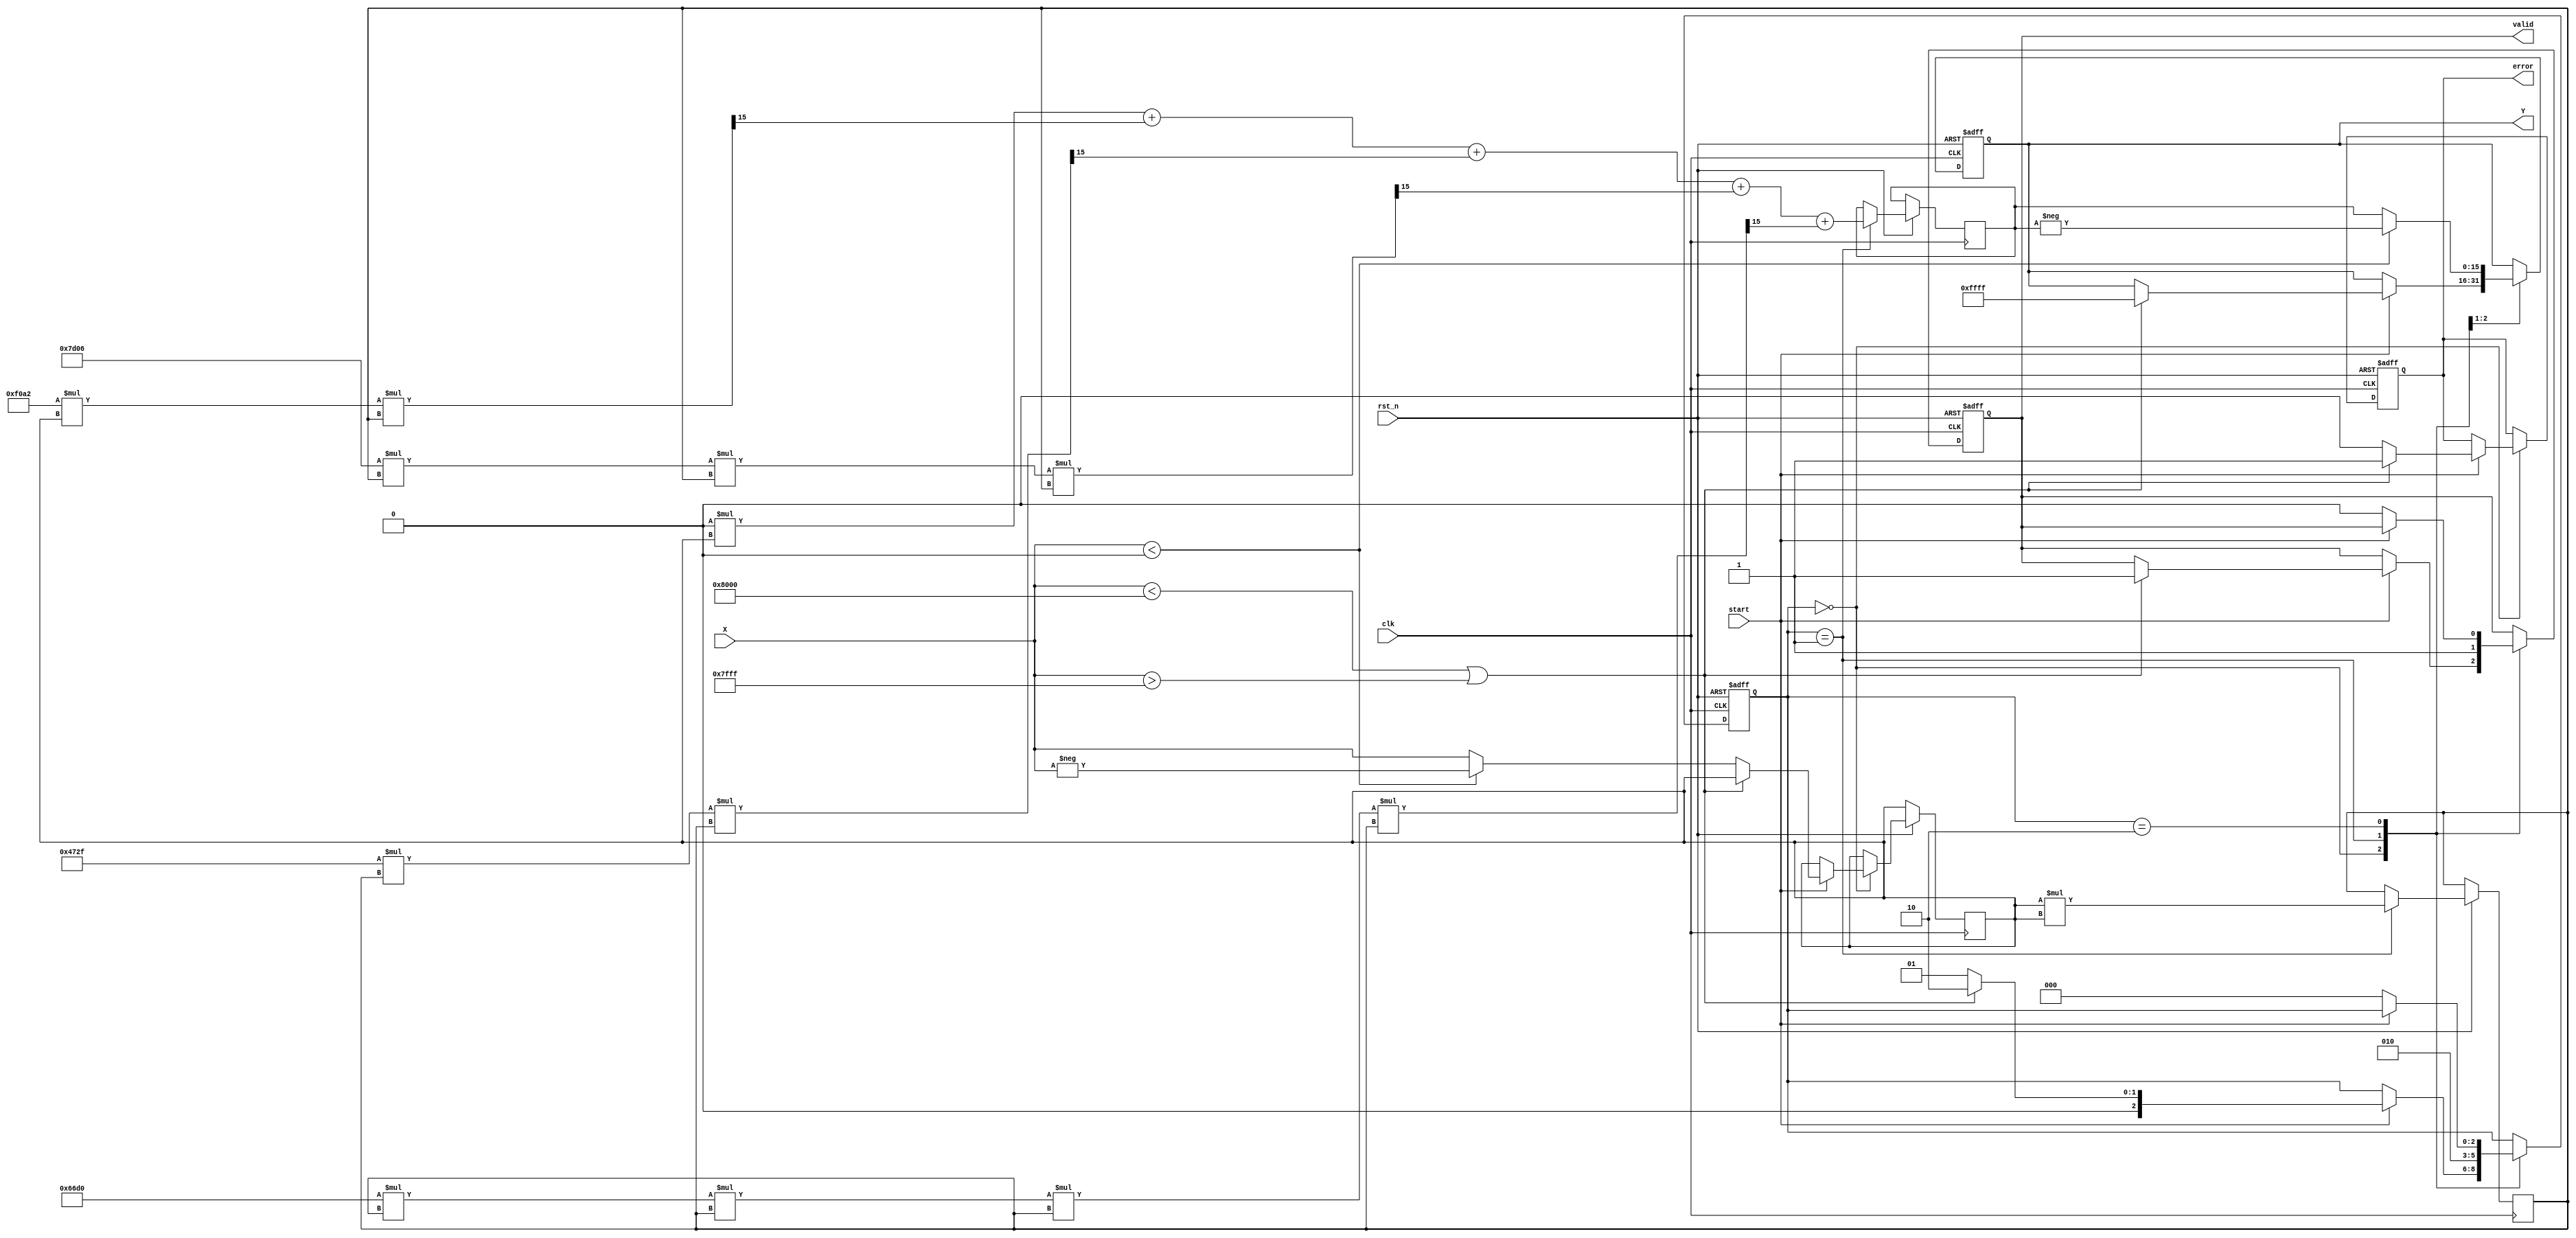
module asin_block (
    input  wire clk,           // Clock signal
    input  wire rst_n,         // Active low reset
    input  wire [15:0] X,      // Input value in fixed-point format (16-bit, Q1.15)
    input  wire start,         // Start signal to initiate computation
    output reg [15:0] Y,       // Output angle in radians (16-bit, Q1.15)
    output reg valid,          // Output valid signal
    output reg error           // Error signal
);

// Parameters
parameter SIGN_BIT = 15;        // Sign bit position
parameter MAX_POS = 16'h7FFF;   // Maximum positive value (1.0 in Q1.15)
parameter MAX_NEG = 16'h8000;   // Maximum negative value (-1.0 in Q1.15)

// Polynomial coefficients for approximation of asin(x)
parameter C0 = 16'h00000000;  // Coefficient for x^1
parameter C1 = 16'h1FF9F0A2;  // Approximation constants
parameter C2 = 16'hFE23472F;
parameter C3 = 16'h1C6A7D06; 
parameter C4 = 16'hC2D466D0; 

// Internal signals
reg [15:0] x_sq;               // Square of input value
reg [15:0] poly;               // Polynomial result
reg [2:0] state;               // State machine
reg [15:0] x_abs;              // Absolute value of x
localparam IDLE = 3'b000, CALC = 3'b001, DONE = 3'b010;

// State machine for operation
always @(posedge clk or negedge rst_n) begin
    if (!rst_n) begin
        Y <= 16'd0;
        valid <= 1'b0;
        error <= 1'b0;
        state <= IDLE;
    end else begin
        case (state)
            IDLE: begin
                if (start) begin
                    // Check input range
                    if (X < MAX_NEG || X > MAX_POS) begin
                        error <= 1'b1; // Set error signal
                        Y <= 16'hFFFF;  // Output NaN or error code
                        valid <= 1'b1;
                        state <= DONE;
                    end else begin
                        error <= 1'b0; // Clear error
                        x_abs <= (X < 16'd0) ? -X : X; // Absolute value
                        state <= CALC;
                    end
                end
            end
            
            CALC: begin
                // Compute x^2
                x_sq <= x_abs * x_abs;

                // Polynomial approximation: asin(x) = x + (x^3)/3 + (3*x^5)/10 + (5*x^7)/42 + ...
                poly <= (C0 * x_abs) + ((C1 * x_abs * x_sq) >> 15) + 
                        ((C2 * x_sq * x_sq) >> 15) + ((C3 * x_sq * x_sq * x_sq) >> 15) +
                        ((C4 * x_sq * x_sq * x_sq * x_sq) >> 15); 

                // If input is negative, negate result
                Y <= (X < 16'd0) ? -poly : poly; 
                valid <= 1'b1; // Mark output as valid
                state <= DONE;
            end
            
            DONE: begin
                // Wait for next start signal
                if (!start) begin
                    valid <= 1'b0;
                    state <= IDLE;
                end
            end
        endcase
    end
end

endmodule